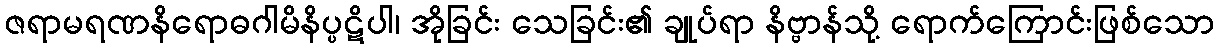
ဇရာမရဏနိရောဓဂါမိနိပ္ပဋိပါ၊ အိုခြင်း သေခြင်း၏ ချုပ်ရာ နိဗ္ဗာန်သို့ ရောက်ကြောင်းဖြစ်သော